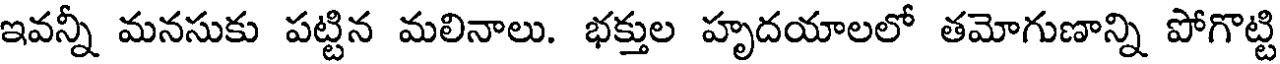
ఇవన్నీ మనసుకు పట్టిన మలినాలు. భక్తుల హృదయాలలో తమోగుణాన్ని పోగొట్టి